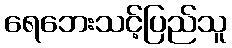
ရေဘေးသင့်ပြည်သူ